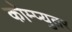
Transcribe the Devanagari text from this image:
कोम्प्युतर